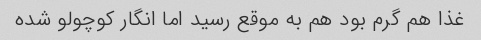
غذا هم گرم بود هم به موقع رسید اما انگار کوچولو شده